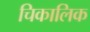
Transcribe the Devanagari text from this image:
चिकालिक